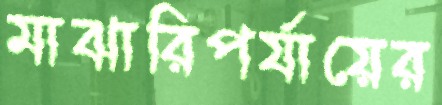
মাঝারিপর্যায়ের